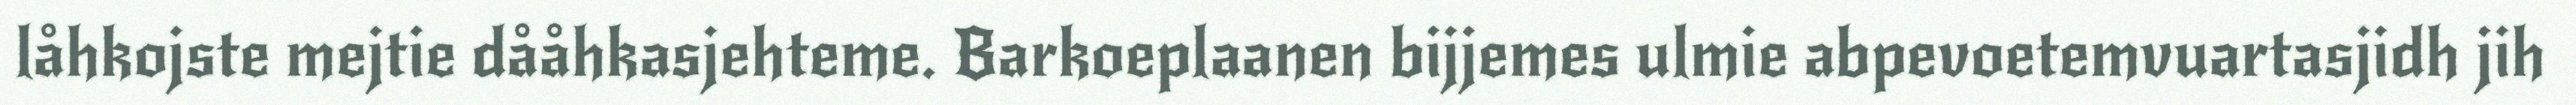
låhkojste mejtie dååhkasjehteme. Barkoeplaanen bijjemes ulmie abpevoetemvuartasjidh jih